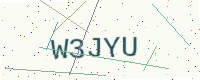
Text: W3JYU